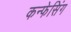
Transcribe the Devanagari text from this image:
कन्फेसिंग